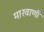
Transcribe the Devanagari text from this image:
मारवाणी